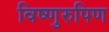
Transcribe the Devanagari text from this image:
विष्णुरुपिण